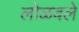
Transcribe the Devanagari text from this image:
लोळवले